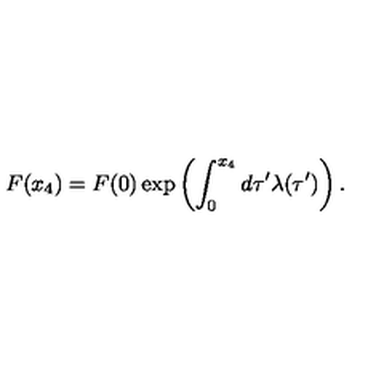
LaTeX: F ( x _ { 4 } ) = F ( 0 ) \exp \left( \int _ { 0 } ^ { x _ { 4 } } d \tau ^ { \prime } \lambda ( \tau ^ { \prime } ) \right) .